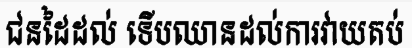
ជនដៃដល់ ទើបឈានដល់ការវាយតប់